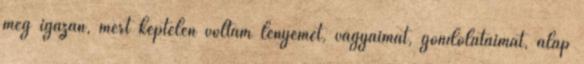
meg igazán, mert képtelen voltam lényemet, vágyaimat, gondolataimat, alap